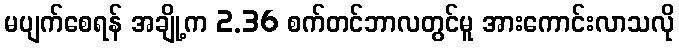
မပျက်စေရန် အချို့က 2.36 စက်တင်ဘာလတွင်မူ အားကောင်းလာသလို